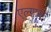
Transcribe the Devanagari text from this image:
एल्गारने